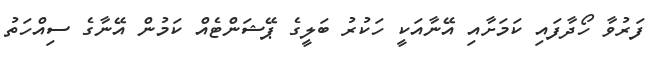
ފަރުވާ ހޯދާފައި ކަމަށާއި އޭނާއަކީ ހަކުރު ބަލީގެ ޕޭޝަންޓެއް ކަމުން އޭނާގެ ސިއްހަތު